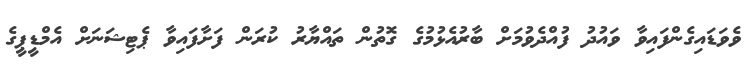
ވެވަޑައިގެންފައިވާ ވައުދު ފުއްދެވުމަަށް ބާރުއެޅުމުގެ ގޮތުން ތައްޔާރު ކުރަން ފަށާފައިވާ ޕެޓިޝަނަށް އެމްޑީޕީގެ